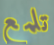
تلمع